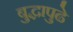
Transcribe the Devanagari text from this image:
बुद्धापुढे